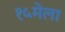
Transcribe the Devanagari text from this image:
१५मेला